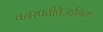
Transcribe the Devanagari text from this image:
वनस्पतीवैज्ञानिक